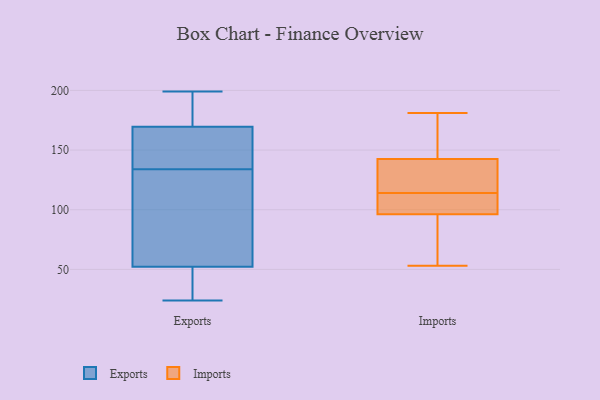
{"axis": {"x": "Temperature (°C)", "y": "Value"}, "legend": ["Exports", "Imports"], "data": [{"x": "", "y": 75, "type": "Exports"}, {"x": "", "y": 30, "type": "Exports"}, {"x": "", "y": 141, "type": "Exports"}, {"x": "", "y": 150, "type": "Exports"}, {"x": "", "y": 39, "type": "Exports"}, {"x": "", "y": 194, "type": "Exports"}, {"x": "", "y": 62, "type": "Exports"}, {"x": "", "y": 139, "type": "Exports"}, {"x": "", "y": 123, "type": "Exports"}, {"x": "", "y": 24, "type": "Exports"}, {"x": "", "y": 134, "type": "Exports"}, {"x": "", "y": 189, "type": "Exports"}, {"x": "", "y": 176, "type": "Exports"}, {"x": "", "y": 199, "type": "Exports"}, {"x": "", "y": 49, "type": "Exports"}, {"x": "", "y": 150, "type": "Imports"}, {"x": "", "y": 97, "type": "Imports"}, {"x": "", "y": 114, "type": "Imports"}, {"x": "", "y": 53, "type": "Imports"}, {"x": "", "y": 122, "type": "Imports"}, {"x": "", "y": 127, "type": "Imports"}, {"x": "", "y": 94, "type": "Imports"}, {"x": "", "y": 140, "type": "Imports"}, {"x": "", "y": 83, "type": "Imports"}, {"x": "", "y": 105, "type": "Imports"}, {"x": "", "y": 108, "type": "Imports"}, {"x": "", "y": 161, "type": "Imports"}, {"x": "", "y": 181, "type": "Imports"}]}